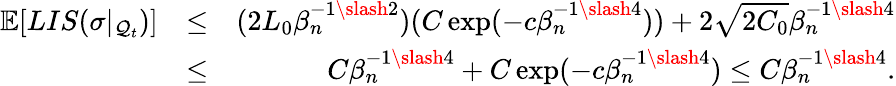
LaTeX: \begin{array}{rlr}{\mathbb{E}[LIS(\sigma|_{\mathcal{Q}_{t}})]}&{\leq}&{(2L_{0}\beta_{n}^{-1\slash 2})(C\exp(-c\beta_{n}^{-1\slash 4}))+2\sqrt{2C_{0}}\beta_{n}^{-1\slash 4}}\\ &{\leq}&{C\beta_{n}^{-1\slash 4}+C\exp(-c\beta_{n}^{-1\slash 4})\leq C\beta_{n}^{-1\slash 4}.}\end{array}